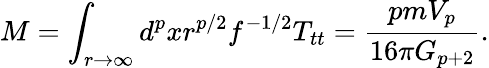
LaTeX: M=\int_{r\rightarrow\infty}d^{p}xr^{p/2}f^{-1/2}T_{tt}=\frac{pmV_{p}}{16\pi G_{p+2}}.